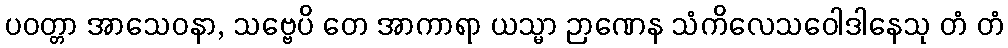
ပဝတ္တာ အာသေဝနာ, သဗ္ဗေပိ တေ အာကာရာ ယသ္မာ ဉာဏေန သံကိလေသဝေါဒါနေသု တံ တံ